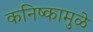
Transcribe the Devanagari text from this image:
कनिष्कामुळे